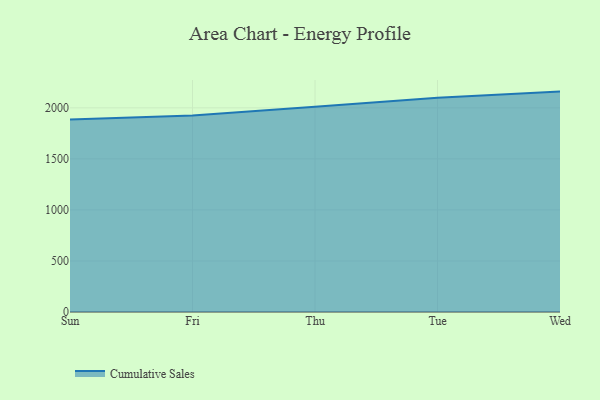
{"axis": {"x": "Day", "y": "Waste Production (Tons)"}, "legend": ["Cumulative Sales"], "data": [{"x": "Sun", "y": 1886.8, "type": "Cumulative Sales"}, {"x": "Fri", "y": 1925.3, "type": "Cumulative Sales"}, {"x": "Thu", "y": 2010.1, "type": "Cumulative Sales"}, {"x": "Tue", "y": 2099.6, "type": "Cumulative Sales"}, {"x": "Wed", "y": 2159.0, "type": "Cumulative Sales"}]}